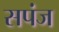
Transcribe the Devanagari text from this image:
सपंज